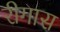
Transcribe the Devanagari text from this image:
रीगास